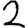
Digit: 2